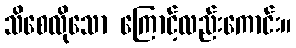
သိစေလိုသော ကြောင့်လည်းကောင်း။